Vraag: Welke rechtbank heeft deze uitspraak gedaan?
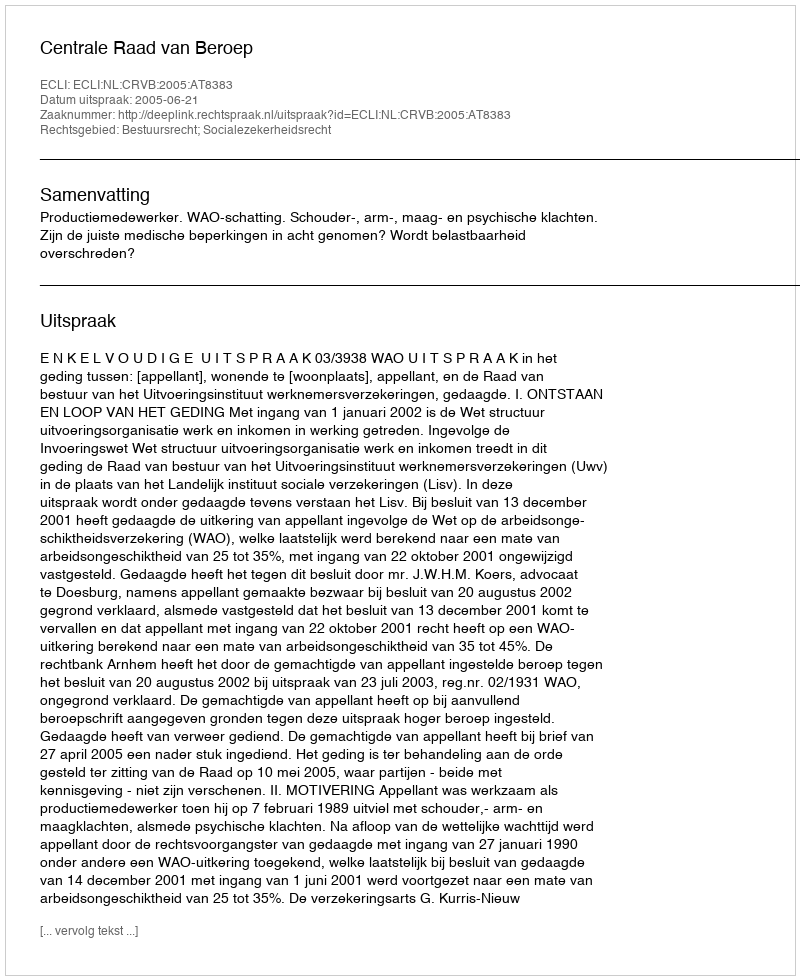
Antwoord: Centrale Raad van Beroep